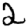
Digit: 2